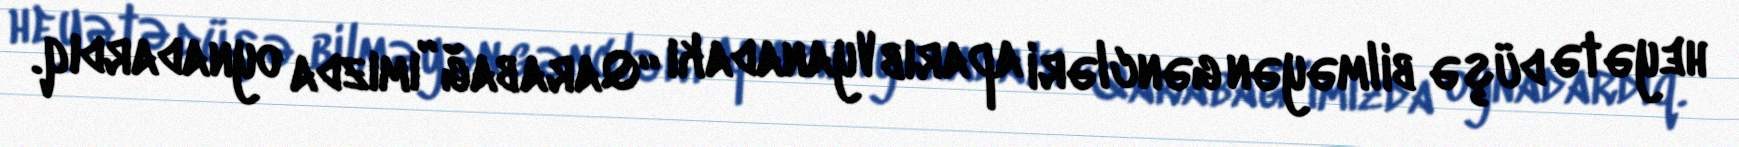
heyətə düşə bilməyən gəncləri aparıb Vyanadakı “Qarabağ”ımızda oynadardıq.